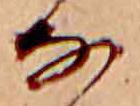
な